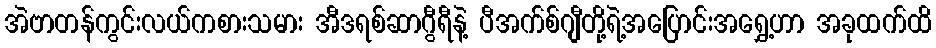
အဲဗာတန်ကွင်းလယ်ကစားသမား အီဒရစ်ဆာဂွီရီနဲ့ ပီအက်စ်ဂျီတို့ရဲ့အပြောင်းအရွှေ့ဟာ အခုထက်ထိ